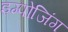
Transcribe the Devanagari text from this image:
इम्पोजिंग